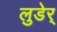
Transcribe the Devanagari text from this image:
लुडेर्